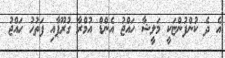
އެ ދެ ކުންފުންޏަކީ މަލީޝާ ހައްޖު އެންޑް އުމްރާ ގުރޫޕާއި ފަތުހު ހައްޖު